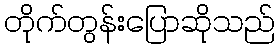
တိုက်တွန်းပြောဆိုသည်